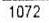
1072